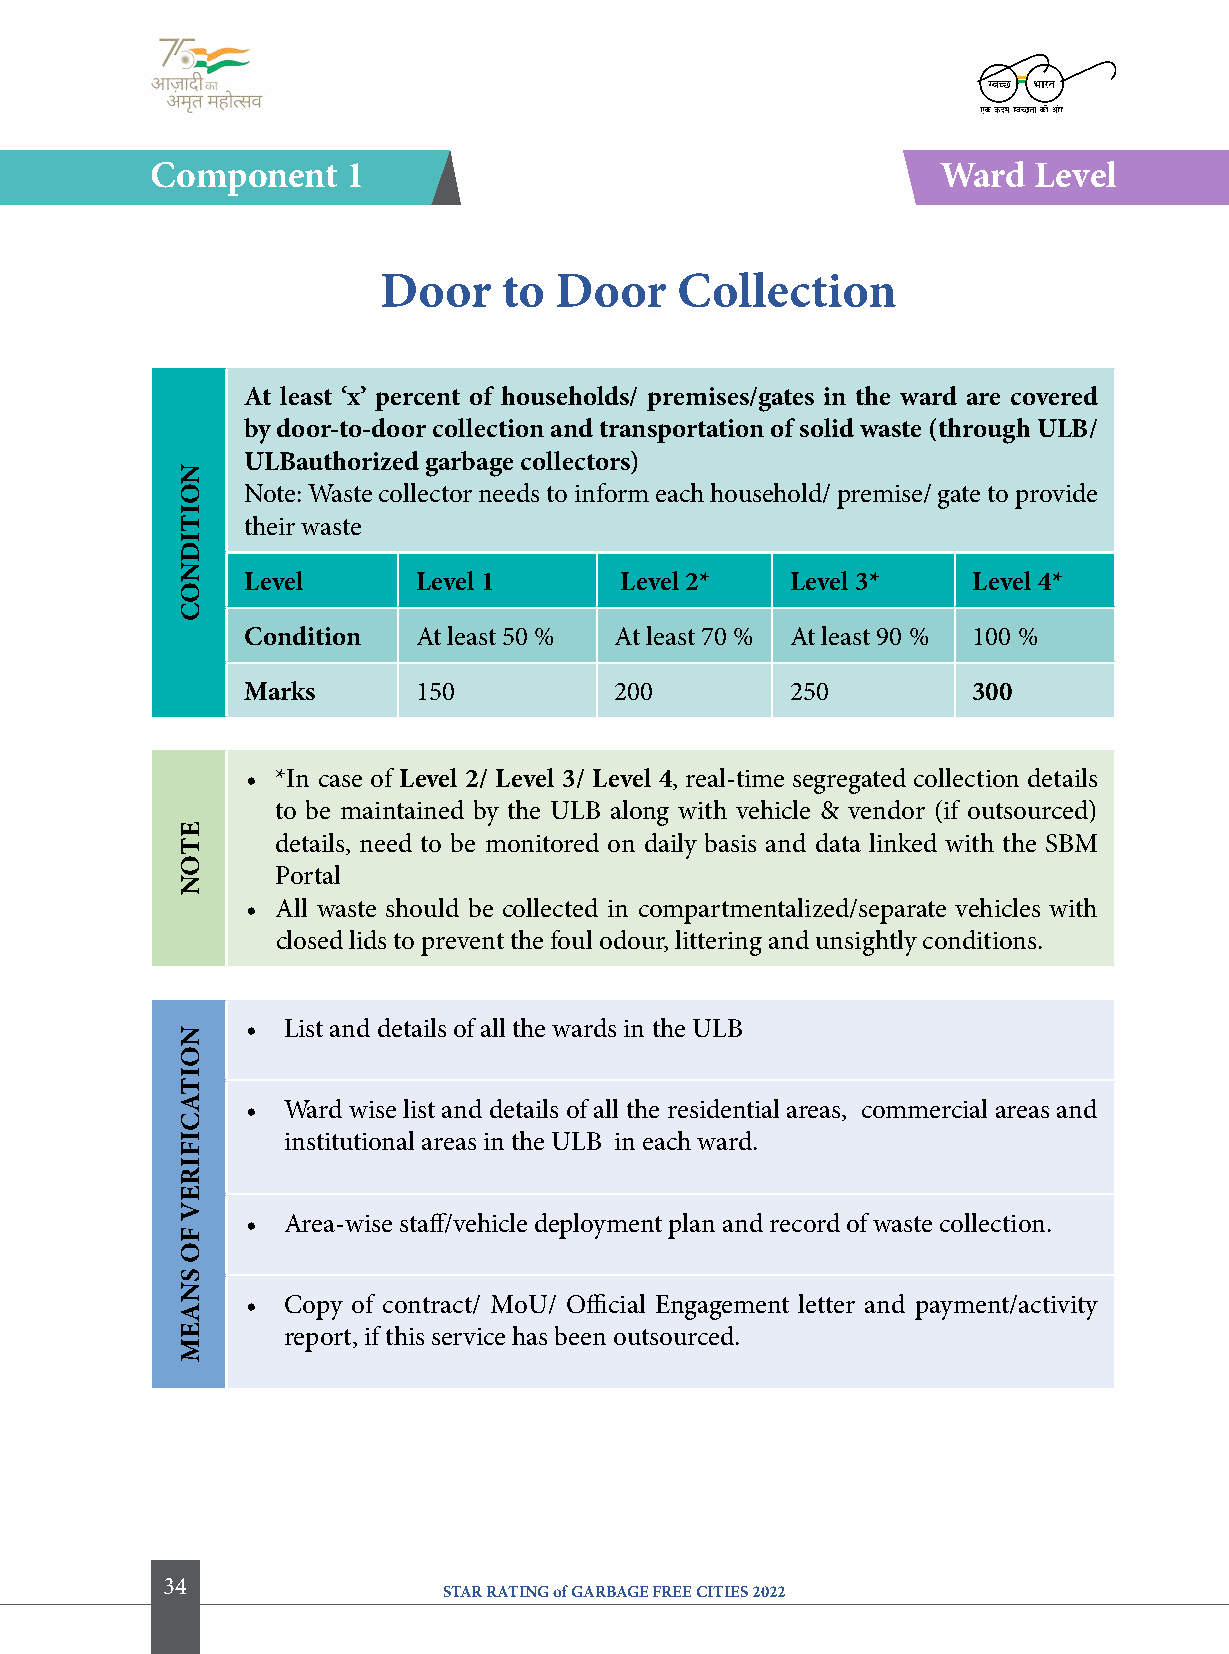
component    1                                      Ward  level
 Door    to  Door    collection
 at least ‘x’ percent of households/ premises/gates in the ward are covered
 by door-to-door collection and transportation of solid waste (through UlB/
 UlBauthorized garbage collectors)
 Note: Waste collector needs to inform each household/ premise/ gate to provide
 their waste
 level      level 1       level 2*   level 3*    level 4*
 condition  At least 50 % At least 70 % At least 90 % 100 %
 Marks      150           200        250         300
 • *In case of level 2/ level 3/ level 4, real-time segregated collection details
 to be maintained by the ULB along with vehicle & vendor (if outsourced)
 details, need to be monitored on daily basis and data linked with the SBM
 Portal
 • All waste should be collected in compartmentalized/separate vehicles with
 closed lids to prevent the foul odour, littering and unsightly conditions.
 •  List and details of all the wards in the ULB
 •  Ward wise list and details of all the residential areas, commercial areas and
 institutional areas in the ULB in each ward.
 •  Area-wise staff/vehicle deployment plan and record of waste collection.
 •  Copy of contract/ MoU/ Official Engagement letter and payment/activity
 report, if this service has been outsourced.
 34
 STAR RATING of GARBAGE FREE CITIES 2022
 NoitiDNoc
 etoN
 NoitacifireV
 fo
 SNaeM